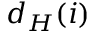
d _ { H } ( i )